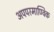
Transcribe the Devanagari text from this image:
अपपरमाण्विक